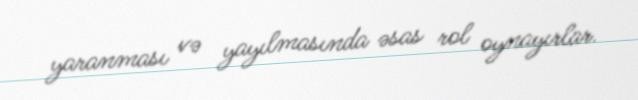
yaranması və yayılmasında əsas rol oynayırlar.